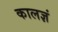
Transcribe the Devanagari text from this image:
कालज्ञं